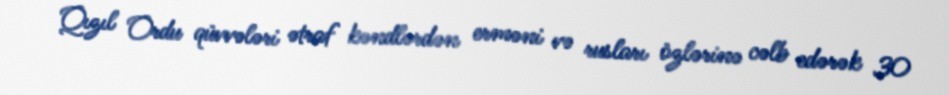
Qızıl Ordu qüvvələri ətraf kəndlərdən erməni və rusları özlərinə cəlb edərək 30